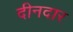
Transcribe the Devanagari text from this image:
दीनदार